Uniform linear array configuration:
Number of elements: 32
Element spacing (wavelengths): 0.75
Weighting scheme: exponential
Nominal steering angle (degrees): -30
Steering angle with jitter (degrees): -29.905
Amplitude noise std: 0.05
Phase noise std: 0.05

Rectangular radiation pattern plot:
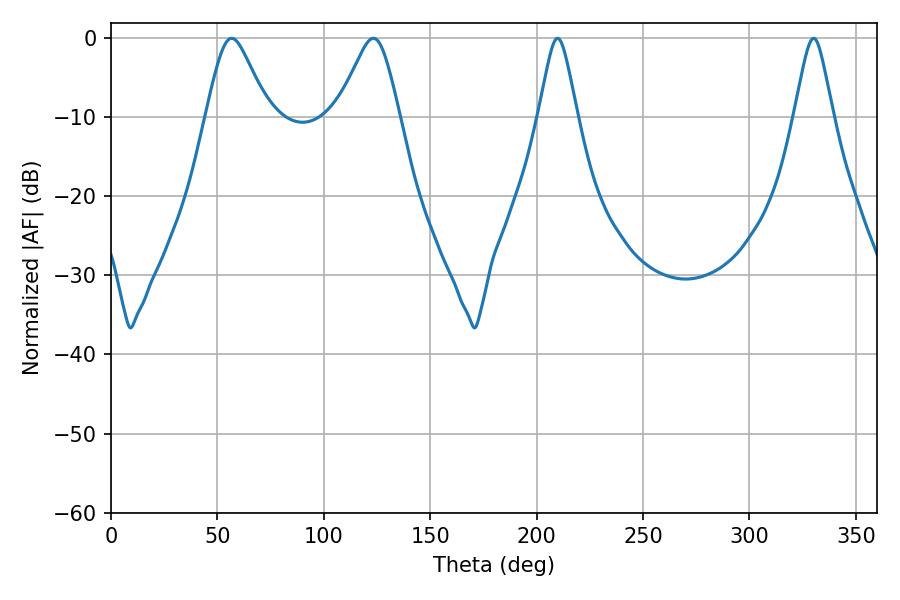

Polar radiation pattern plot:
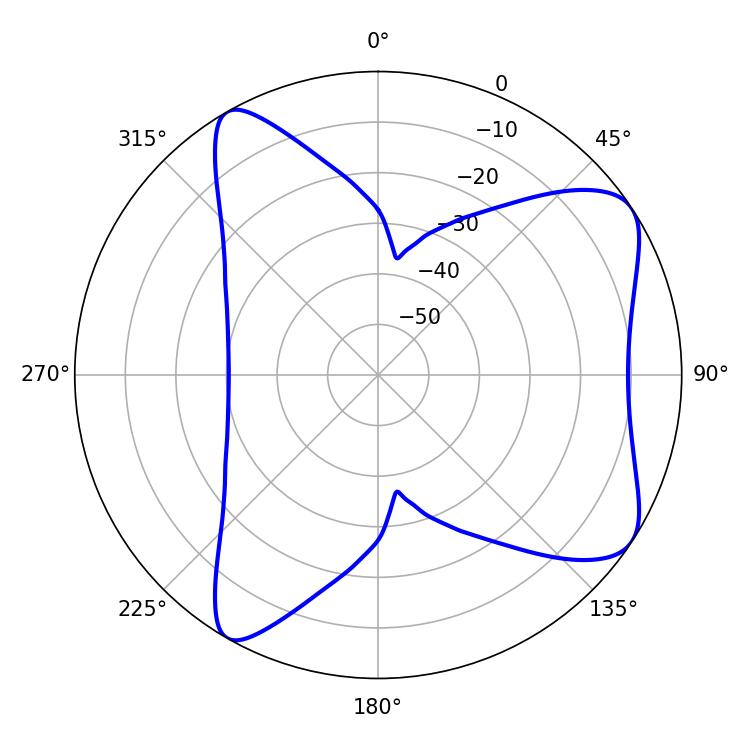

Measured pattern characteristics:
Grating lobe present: TRUE
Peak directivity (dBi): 7.558
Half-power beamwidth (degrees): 14.04
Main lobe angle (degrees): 56.7